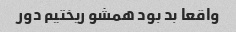
واقعا بد بود همشو ریختیم دور